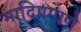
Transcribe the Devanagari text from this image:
मादिप्रमाणे